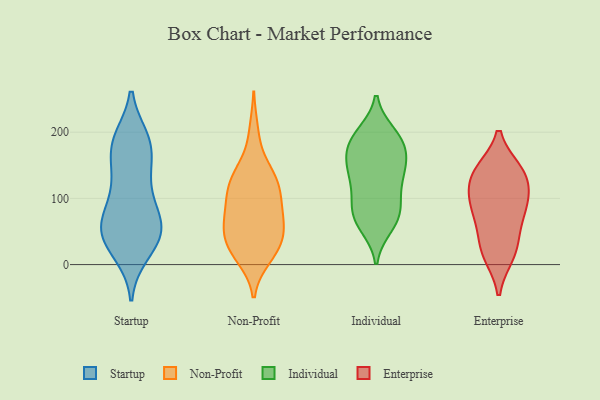
{"axis": {"x": "Revenue (USD Million)", "y": "Value"}, "legend": ["Enterprise", "Individual", "Non-Profit", "Startup"], "data": [{"x": "", "y": 63, "type": "Startup"}, {"x": "", "y": 51, "type": "Startup"}, {"x": "", "y": 22, "type": "Startup"}, {"x": "", "y": 184, "type": "Startup"}, {"x": "", "y": 43, "type": "Startup"}, {"x": "", "y": 189, "type": "Startup"}, {"x": "", "y": 51, "type": "Startup"}, {"x": "", "y": 145, "type": "Startup"}, {"x": "", "y": 40, "type": "Startup"}, {"x": "", "y": 84, "type": "Startup"}, {"x": "", "y": 172, "type": "Startup"}, {"x": "", "y": 60, "type": "Startup"}, {"x": "", "y": 18, "type": "Startup"}, {"x": "", "y": 184, "type": "Startup"}, {"x": "", "y": 93, "type": "Startup"}, {"x": "", "y": 187, "type": "Startup"}, {"x": "", "y": 120, "type": "Startup"}, {"x": "", "y": 57, "type": "Startup"}, {"x": "", "y": 131, "type": "Startup"}, {"x": "", "y": 61, "type": "Non-Profit"}, {"x": "", "y": 28, "type": "Non-Profit"}, {"x": "", "y": 126, "type": "Non-Profit"}, {"x": "", "y": 66, "type": "Non-Profit"}, {"x": "", "y": 113, "type": "Non-Profit"}, {"x": "", "y": 76, "type": "Non-Profit"}, {"x": "", "y": 109, "type": "Non-Profit"}, {"x": "", "y": 16, "type": "Non-Profit"}, {"x": "", "y": 121, "type": "Non-Profit"}, {"x": "", "y": 144, "type": "Non-Profit"}, {"x": "", "y": 28, "type": "Non-Profit"}, {"x": "", "y": 43, "type": "Non-Profit"}, {"x": "", "y": 68, "type": "Non-Profit"}, {"x": "", "y": 136, "type": "Non-Profit"}, {"x": "", "y": 38, "type": "Non-Profit"}, {"x": "", "y": 200, "type": "Non-Profit"}, {"x": "", "y": 12, "type": "Non-Profit"}, {"x": "", "y": 90, "type": "Non-Profit"}, {"x": "", "y": 190, "type": "Individual"}, {"x": "", "y": 71, "type": "Individual"}, {"x": "", "y": 103, "type": "Individual"}, {"x": "", "y": 143, "type": "Individual"}, {"x": "", "y": 137, "type": "Individual"}, {"x": "", "y": 66, "type": "Individual"}, {"x": "", "y": 113, "type": "Individual"}, {"x": "", "y": 82, "type": "Individual"}, {"x": "", "y": 147, "type": "Individual"}, {"x": "", "y": 79, "type": "Individual"}, {"x": "", "y": 191, "type": "Individual"}, {"x": "", "y": 142, "type": "Individual"}, {"x": "", "y": 197, "type": "Individual"}, {"x": "", "y": 180, "type": "Individual"}, {"x": "", "y": 163, "type": "Individual"}, {"x": "", "y": 181, "type": "Individual"}, {"x": "", "y": 59, "type": "Individual"}, {"x": "", "y": 19, "type": "Enterprise"}, {"x": "", "y": 97, "type": "Enterprise"}, {"x": "", "y": 72, "type": "Enterprise"}, {"x": "", "y": 15, "type": "Enterprise"}, {"x": "", "y": 137, "type": "Enterprise"}, {"x": "", "y": 66, "type": "Enterprise"}, {"x": "", "y": 99, "type": "Enterprise"}, {"x": "", "y": 97, "type": "Enterprise"}, {"x": "", "y": 141, "type": "Enterprise"}, {"x": "", "y": 135, "type": "Enterprise"}, {"x": "", "y": 139, "type": "Enterprise"}, {"x": "", "y": 29, "type": "Enterprise"}]}